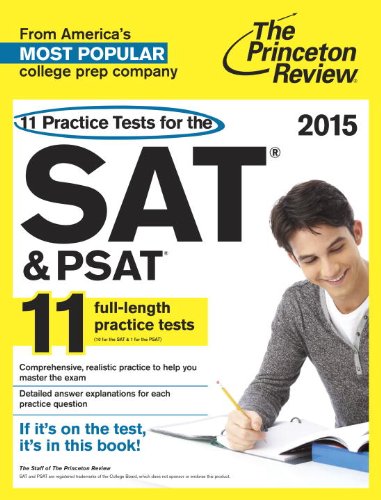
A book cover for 11 Practice Tests for the SAT and PSAT, 2015 Edition (College Test Preparation); Princeton Review; Test Preparation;